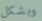
وبشكل